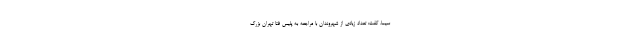
سیما، گفت: تعداد زیادی از شهروندان با مراجعه به پلیس فتا تهران بزرگ